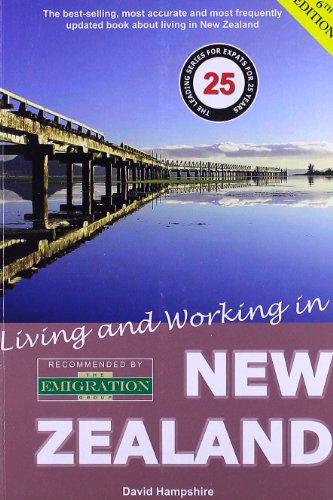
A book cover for Living and Working in New Zealand: A Survival Handbook (Living & Working in New Zealand); David Hampshire; Travel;